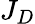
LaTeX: J_{D}